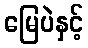
မြေပဲနှင့်